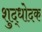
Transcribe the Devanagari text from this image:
शुद्धोदक